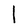
Character: l